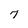
Character: 7